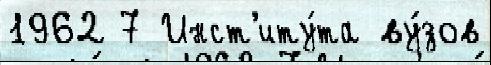
1962 7 Инст'иту́та ву́зов